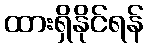
ထားရှိနိုင်ရန်